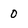
Character: 0